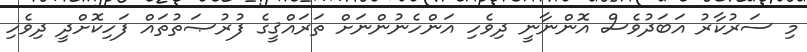
މި ސަރުކާރު އަބަދުވެސް އޮންނާނީ ދިވެހި އަންހެނުންނަށް ތަރައްޤީގެ ފުރުޞަތުތައް ފަހިކޮށްދީ ދިވެހި